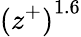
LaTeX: {(z^{+})}^{1.6}